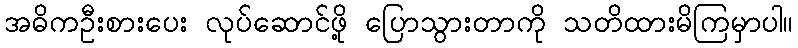
အဓိကဦးစားပေး လုပ်ဆောင်ဖို့ ပြောသွားတာကို သတိထားမိကြမှာပါ။